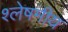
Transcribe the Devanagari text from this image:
श्लेषमीय